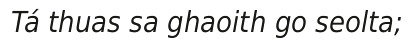
Tá thuas sa ghaoith go seolta;